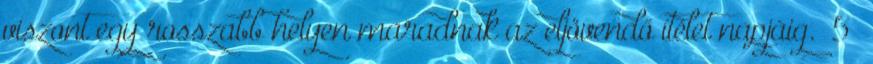
viszont egy rosszabb helyen maradnak az eljövendő ítélet napjáig.” 5